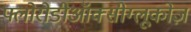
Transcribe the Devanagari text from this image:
फ्लोरोडीऑक्सीग्लूकोज़